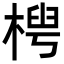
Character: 𬃤